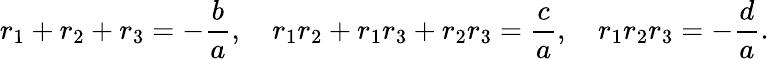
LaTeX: r_{1}+r_{2}+r_{3}=-{\frac{b}{a}},\quad r_{1}r_{2}+r_{1}r_{3}+r_{2}r_{3}={\frac{c}{a}},\quad r_{1}r_{2}r_{3}=-{\frac{d}{a}}.